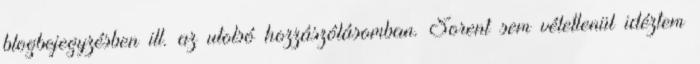
blogbejegyzésben ill. az utolsó hozzászólásomban. Sorent sem véletlenül idéztem